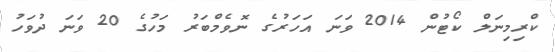
ކްރިމިނަލް ކޯޓުން 2014 ވަނަ އަހަރުގެ ނޮވެމްބަރު މަހުގެ 20 ވަނަ ދުވަހު